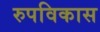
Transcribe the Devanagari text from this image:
रुपविकास